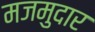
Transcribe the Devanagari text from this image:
मजमुदार